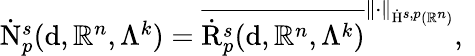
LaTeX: \begin{array}{r}{\dot{\mathrm{N}}_{p}^{s}(\mathrm{d},\mathbb{R}^{n},\Lambda^{k})=\overline{{\dot{\mathrm{R}}_{p}^{s}(\mathrm{d},\mathbb{R}^{n},\Lambda^{k})}}^{\lVert\cdot\rVert_{\dot{\mathrm{H}}^{s,p}(\mathbb{R}^{n})}}\mathrm{,~}}\end{array}